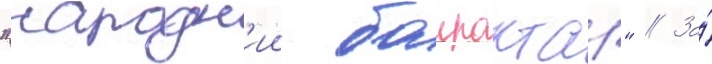
"народн'ии баирактар" // За́